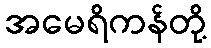
အမေရိကန်တို့